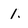
Character: 1